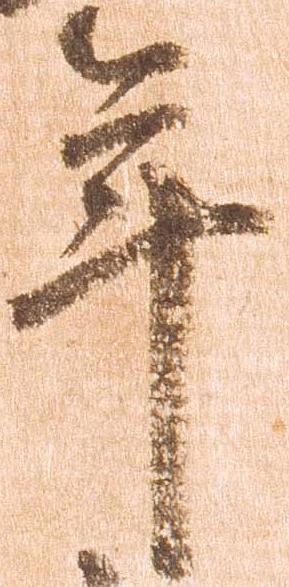
年